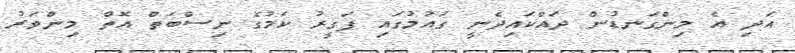
އަދި އެ މިންގަނޑުން ދައްކައިދެނީ ގައުމުގައި ފަގީރު ކަމުގެ ނިސްބަތް އޮތް މިންވަރު